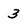
Character: 3